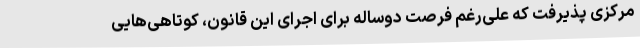
مرکزی پذیرفت که علی‌رغم فرصت دوساله برای اجرای این قانون، کوتاهی‌هایی